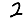
Digit: 2